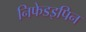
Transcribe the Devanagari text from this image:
निफेडइपिन